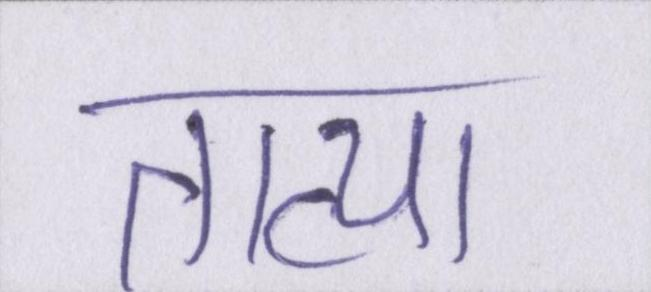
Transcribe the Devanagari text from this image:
तात्या